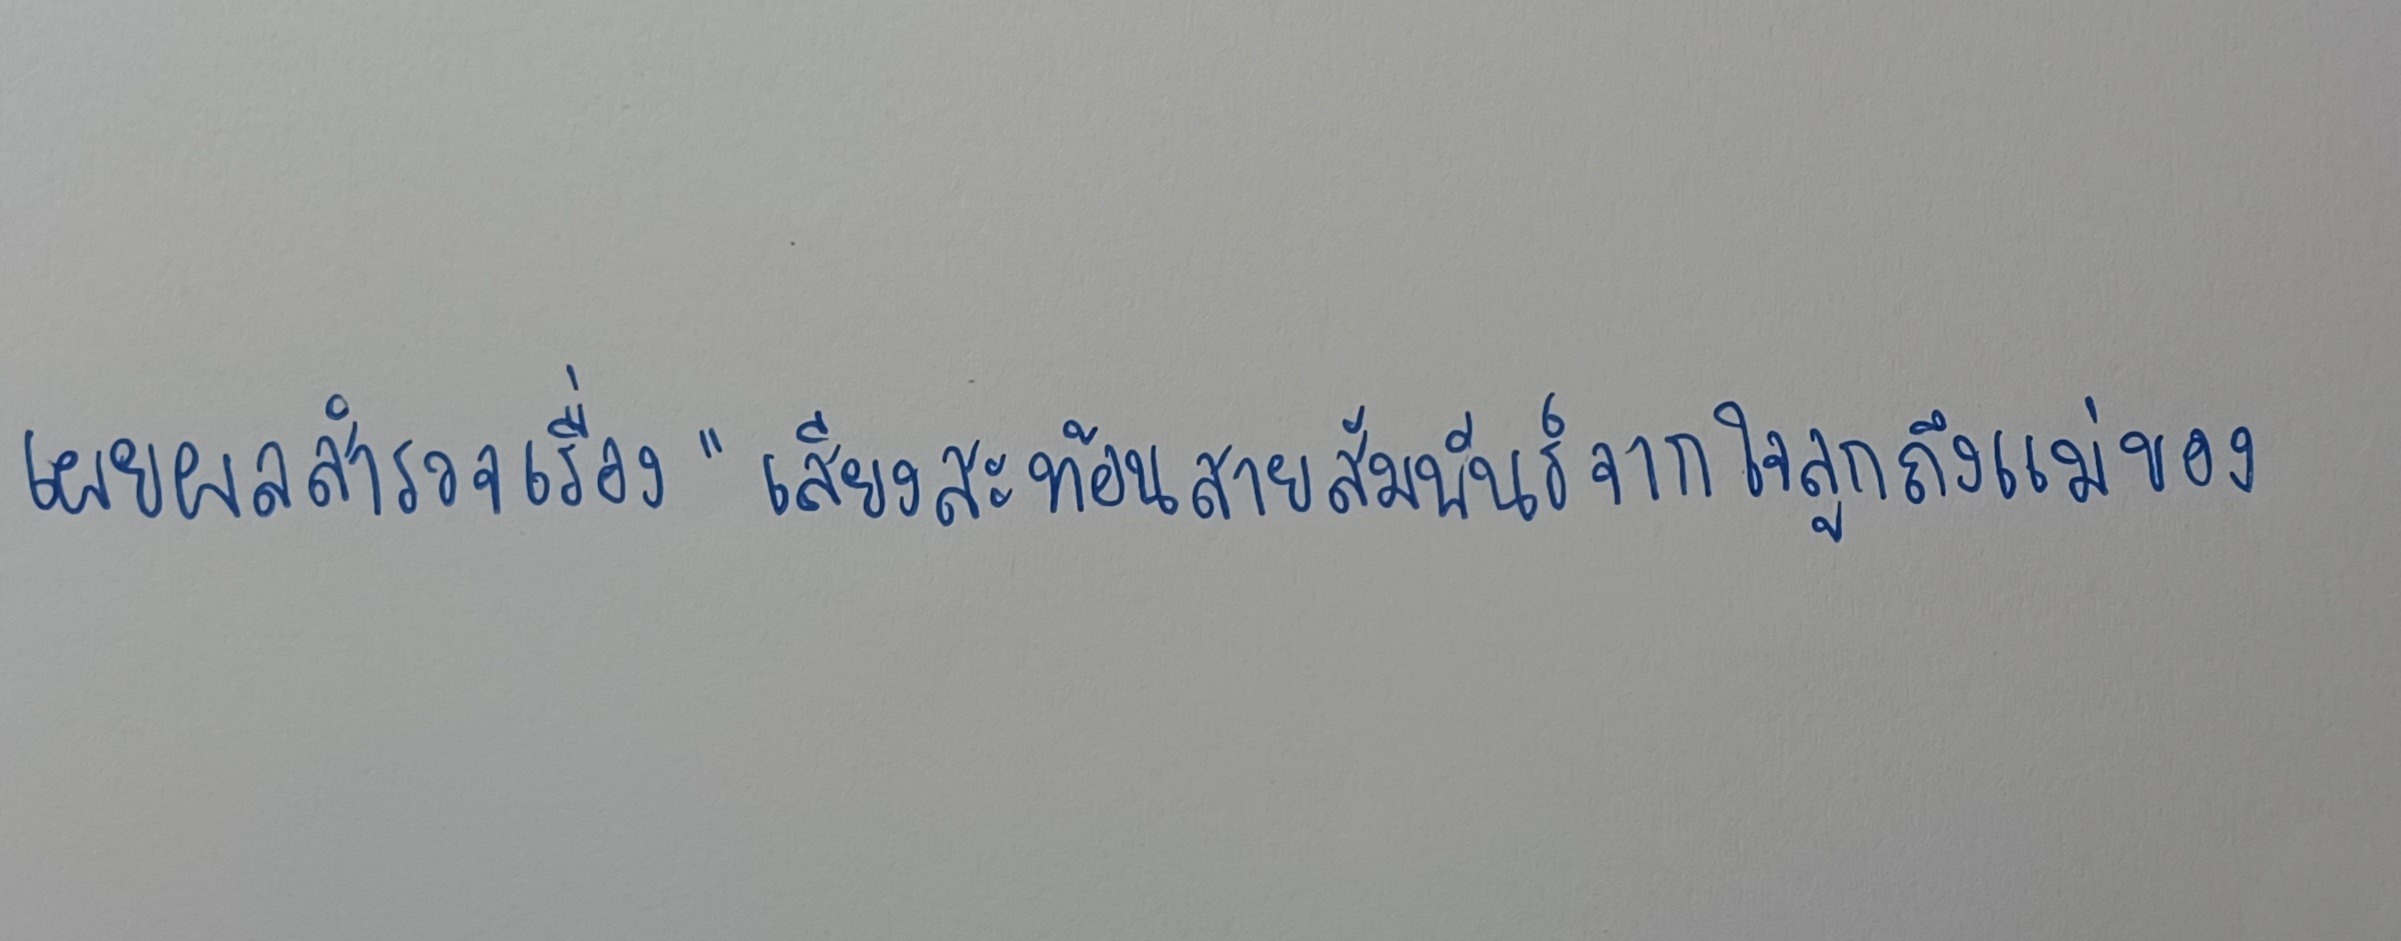
เผยผลสำรวจเรื่อง"เสียงสะท้อนสายสัมพันธ์จากใจลูกถึงแม่ของ